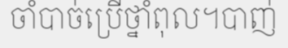
ចាំបាច់ប្រើថ្នាំពុល។បាញ់